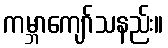
ကမ္ဘာကျော်သနည်း။